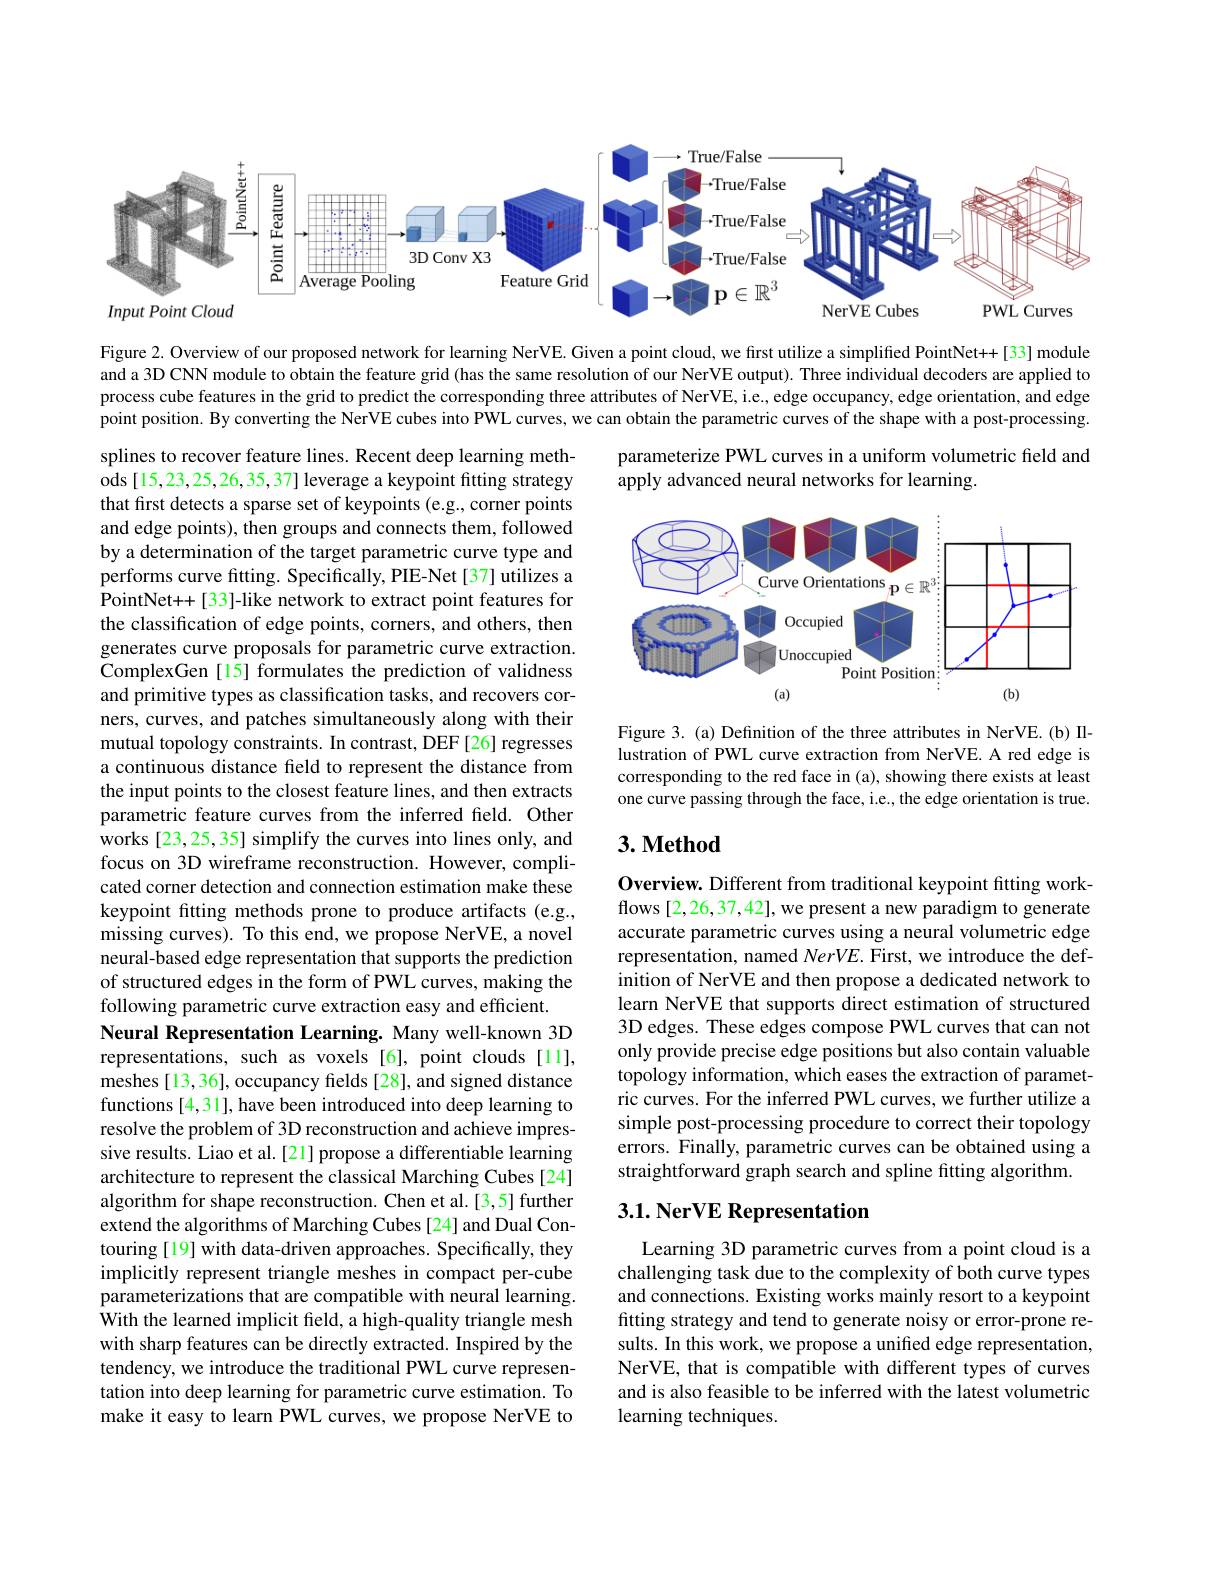
<FigureHere>

Figure 2. Overview of our proposed network for learning NerVE. Given a point cloud, we first utilize a simplified PointNet++[33] module and a 3D CNN module to obtain the feature grid (has the same resolution of our NerVE output). Three individual decoders are applied to process cube features in the grid to predict the corresponding three attributes of NerVE, i.e., edge occupancy, edge orientation, and edge point position. By converting the NerVE cubes into PWL curves, we can obtain the parametric curves of the shape with a post-processing.

parameterize PWL curves in a uniform volumetric field and
apply advanced neural networks for learning

<FigureHere>

Figure 3. (a) Definition of the three attributes in NerVE. (b) Illustration of PWL curve extraction from NerVE. A red edge is corresponding to the red face in (a), showing there exists at least one curve passing through the face, i.e., the edge orientation is true.

## $3. \textbf{Method}$

splines to recover feature lines. Recent deep learning meth- $\hat{\mathrm{ods~[15,23,25,26,35,37]~leverage~a~keypoint~fitting~strategy}}$ that first detects a sparse set of keypoints (e.g., corner points and edge points), then groups and connects them, followed by a determination of the target parametric curve type and performs curve fitting. Specifically, PIE-Net[37] utilizes a PointNet++[33]-like network to extract point features for the classification of edge points, corners, and others, then generates curve proposals for parametric curve extraction. ComplexGen [15] formulates the prediction of validness and primitive types as classification tasks, and recovers corners, curves, and patches simultaneously along with their mutual topology constraints. In contrast, $\dot{\text{DEF[26] regresses}}$ a continuous distance field to represent the distance from the input points to the closest feature lines, and then extracts parametric feature curves from the inferred feld. Other works [23,25,35] simplify the curves into lines only, and focus on 3D wireframe reconstruction. However, complicated corner detection and connection estimation make these keypoint fitting methods prone to produce artifacts (e.g., missing curves). To this end, we propose NerVE, a novel neural-based edge representation that supports the prediction of structured edges in the form of PWL curves, making the following parametric curve extraction easy and efficient.
Neural Representation Learning. Many well-known 3D representations, such as voxels [6], point clouds [11], meshes [13, 36], occupancy fields [28], and signed distance functions [4,31], have been introduced into deep learning to resolve the problem of 3D reconstruction and achieve impressive results. Liao et al.[21] propose a differentiable learning architecture to represent the classical Marching Cubes [24] algorithm for shape reconstruction. Chen et al.[3,5] further extend the algorithms of Marching Cubes [24] and Dual Contouring [19] with data-driven approaches. Specifically, they implicitly represent triangle meshes in compact per-cube parameterizations that are compatible with neural learning. With the learned implicit field, a high-quality triangle mesh with sharp features can be directly extracted. Inspired by the tendency, we introduce the traditional PWL curve representation into deep learning for parametric curve estimation. To make it easy to learn PWL curves, we propose NerVE to

Overview. Different from traditional keypoint fitting workflows [2,26,37,42],we present a new paradigm to generate accurate parametric curves using a neural volumetric edge representation, named $NerVE.$ First, we introduce the definition of NerVE and then propose a dedicated network to learn NerVE that supports direct estimation of structured 3D edges. These edges compose PWL curves that can not only provide precise edge positions but also contain valuable topology information, which eases the extraction of parametric curves. For the inferred PWL curves, we further utilize a simple post-processing procedure to correct their topology errors. Finally, parametric curves can be obtained using a straightforward graph search and spline fitting algorithm.

## $3. 1. \textbf{ NerVE Representation}$

Learning 3D parametric curves from a point cloud is a challenging task due to the complexity of both curve types and connections. Existing works mainly resort to a keypoint fitting strategy and tend to generate noisy or error-prone results. In this work, we propose a unified edge representation, NerVE, that is compatible with different types of curves and is also feasible to be inferred with the latest volumetric learning techniques.